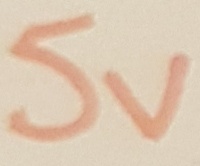
Text: 5V